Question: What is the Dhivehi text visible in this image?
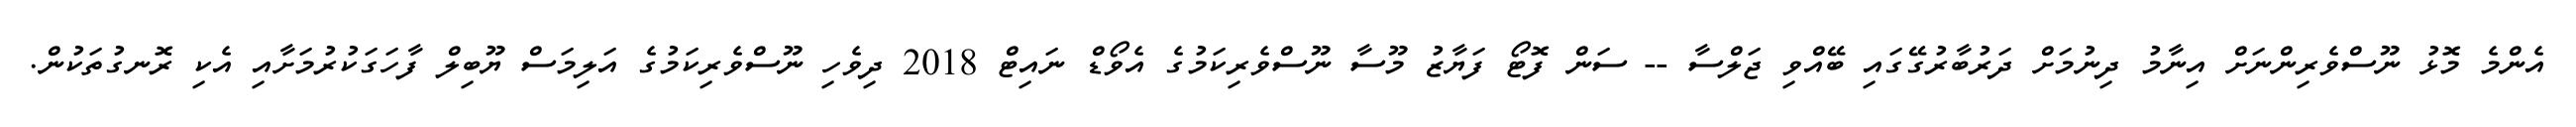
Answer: އެންމެ މޮޅު ނޫސްވެރިންނަށް އިނާމު ދިނުމަށް ދަރުބާރުގޭގައި ބޭއްވި ޖަލްސާ -- ސަން ފޮޓޯ ފަޔާޒު މޫސާ ނޫސްވެރިކަމުގެ އެވޯޑް ނައިޓް 2018 ދިވެހި ނޫސްވެރިކަމުގެ އަލިމަސް ޔޫބިލް ފާހަގަކުރުމަށާއި އެކި ރޮނގުތަކުން.